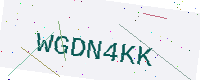
Text: WGDN4KK